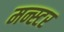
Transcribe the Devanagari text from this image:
मन्स्टर